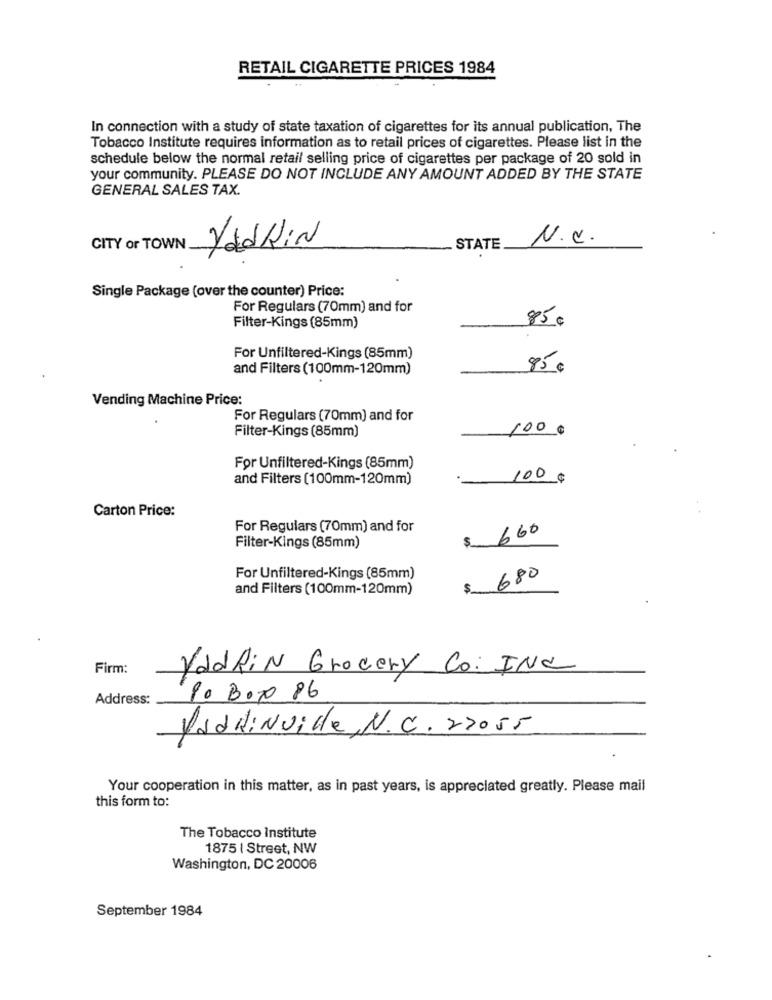
RETAIL CIGARETTE PRICES 1984
In connection with a study of state taxation of cigarettes for its annual publication, The
Tobacco Institute requires information as to retail prices of cigarettes. Please list in the
schedule below the normal retail selling price of cigarettes per package of 20 sold in
your community. PLEASE DO NOT INCLUDE ANY AMOUNT ADDED BY THE STATE
GENERAL SALES TAX.
N.C.
CITY or TOWN
Yadkin
STATE
Single Package (over the counter) Price:
For Regulars (70mm) and for
85 €
Filter-Kings (85mm)
For Unfiltered-Kings (85mm)
and Filters (100mm-120mm)
85 €
Vending Machine Price:
For Regulars (70mm) and for
Filter-Kings (85mm)
100 €
For Unfiltered-Kings (85mm)
and Filters (100mm-120mm)
100 ¢
Carton Price:
For Regulars (70mm) and for
660
Filter-Kings (85mm)
For Unfiltered-Kings (85mm)
680
and Filters (100mm-120mm)
$
Firm:
VadAin Grocery Co. INC
Address:
Po Boxx 86
PaddiNville, N.C. 22055
Your cooperation in this matter, as in past years, is appreciated greatly. Please mail
this form to:
The Tobacco Institute
1875 | Street, NW
Washington, DC 20006
September 1984